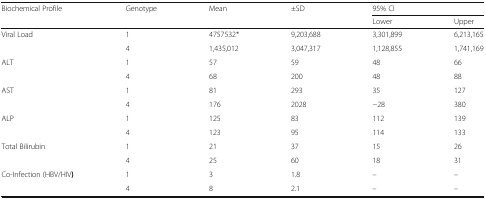
<table><thead><tr><td rowspan="2"><b>Biochemical Profile</b></td><td rowspan="2"><b>Genotype</b></td><td rowspan="2"><b>Mean</b></td><td rowspan="2"><b>±SD</b></td><td colspan="2"><b>95% CI</b></td></tr><tr><td><b>Lower</b></td><td><b>Upper</b></td></tr></thead><tbody><tr><td rowspan="2">Viral Load</td><td>1</td><td>4757532*</td><td>9,203,688</td><td>3,301,899</td><td>6,213,165</td></tr><tr><td>4</td><td>1,435,012</td><td>3,047,317</td><td>1,128,855</td><td>1,741,169</td></tr><tr><td rowspan="2">ALT</td><td>1</td><td>57</td><td>59</td><td>48</td><td>66</td></tr><tr><td>4</td><td>68</td><td>200</td><td>48</td><td>88</td></tr><tr><td rowspan="2">AST</td><td>1</td><td>81</td><td>293</td><td>35</td><td>127</td></tr><tr><td>4</td><td>176</td><td>2028</td><td>−28</td><td>380</td></tr><tr><td rowspan="2">ALP</td><td>1</td><td>125</td><td>83</td><td>112</td><td>139</td></tr><tr><td>4</td><td>123</td><td>95</td><td>114</td><td>133</td></tr><tr><td rowspan="2">Total Bilirubin</td><td>1</td><td>21</td><td>37</td><td>15</td><td>26</td></tr><tr><td>4</td><td>25</td><td>60</td><td>18</td><td>31</td></tr><tr><td rowspan="2">Co-Infection (HBV/HIV<b>)</b></td><td>1</td><td>3</td><td>1.8</td><td>–</td><td>–</td></tr><tr><td>4</td><td>8</td><td>2.1</td><td>–</td><td>–</td></tr></tbody></table>